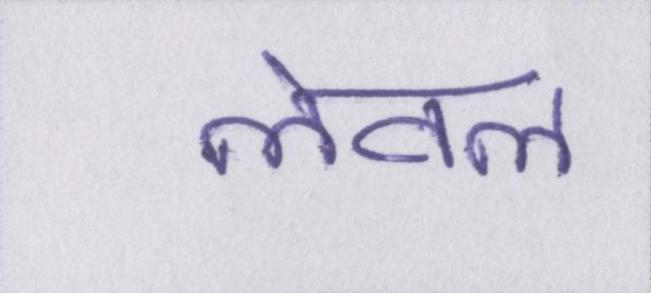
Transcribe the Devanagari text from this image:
लेवल